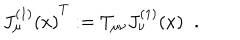
LaTeX: { J _ { \mu } ^ { ( 1 ) } ( x ) } ^ { T } : = T _ { \mu \nu } J _ { \nu } ^ { ( 1 ) } ( x ) \; \; .